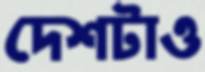
দেশটাও